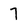
Character: 7